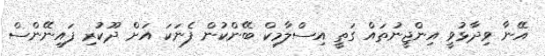
އޭނާ ވިދާޅުވީ އިންޖީނުތައް ގަތީ އިސްލާމިކް ބޭންކުން ފެނަކަ އަށް ދޫކުރި ފައިނޭންސް